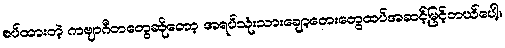
စပ်ထားတဲ့ ကဗျာဂီတတွေဆိုတော့ အရပ်သုံးသားချော့တေးတွေထပ်အဆင့်မြင့်တယ်ပေါ့။